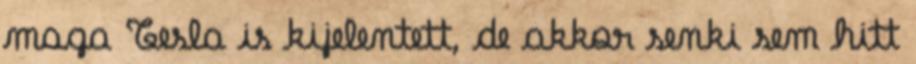
maga Tesla is kijelentett, de akkor senki sem hitt